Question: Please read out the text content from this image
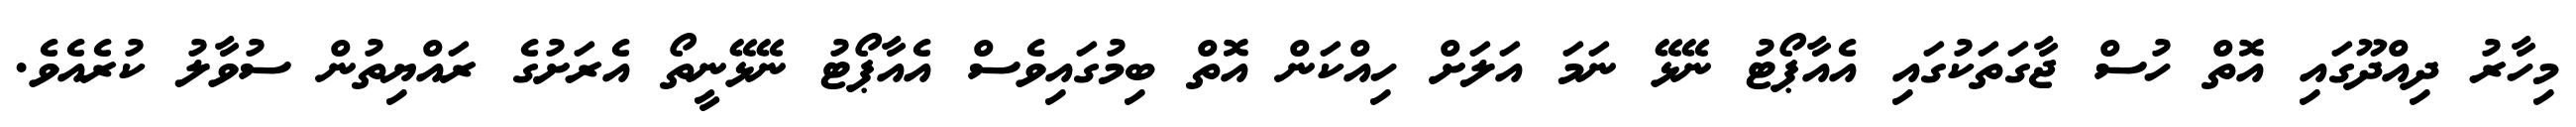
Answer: މިހާރު ދިއްދޫގައި އޮތް ހުސް ޖާގަތަކުގައި އެއާޕޯޓު ނޭޅޭ ނަމަ އަލަށް ހިއްކަން އޮތް ބިމުގައިވެސް އެއާޕޯޓު ނޭޅޭނީތޯ އެރަށުގެ ރައްޔިތުން ސުވާލު ކުރެއެވެ.